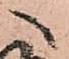
へ